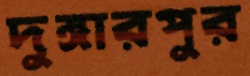
দুঙ্গারপুর